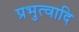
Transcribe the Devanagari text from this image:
प्रभुत्वादि